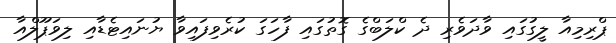
ޕްރިމިއާ ލީގުގައި ވާދަވެރި ދެ ކްލަބްގެ ގޮތުގައި ފާހަގަ ކުރެވިފައިވާ ޔުނައިޓެޑާއި ލިވަޕޫލްއާ